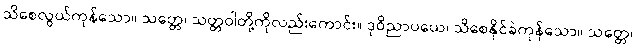
သိစေလွယ်ကုန်သော။ သတ္တေ၊ သတ္တဝါတို့ကိုလည်းကောင်း။ ဒုဝိညာပယေ၊ သိစေနိုင်ခဲကုန်သော။ သတ္တေ၊